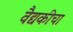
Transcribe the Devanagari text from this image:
वैद्यकीचा